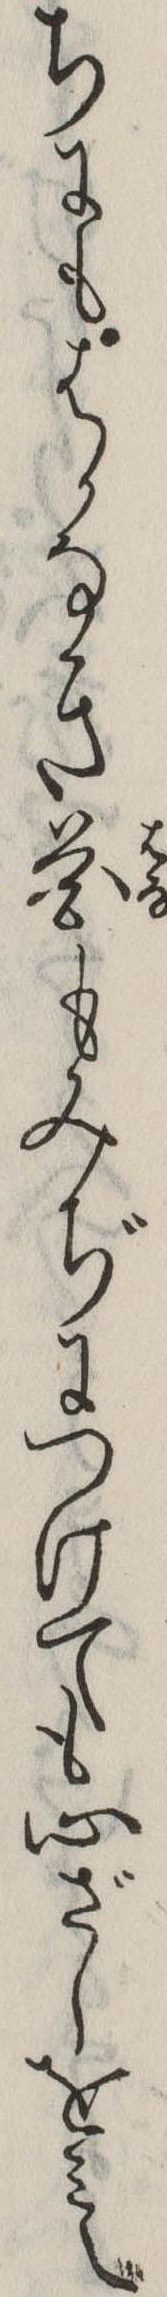
ちにもはかなき花もみぢにつけても心ざしをみえ